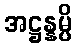
အဋ္ဌန္နမ္ပိ